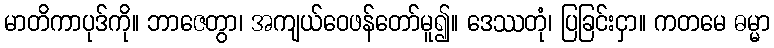
မာတိကာပုဒ်ကို။ ဘာဇေတွာ၊ အကျယ်ဝေဖန်တော်မူ၍။ ဒေဿတုံ၊ ပြခြင်းငှာ။ ကတမေ ဓမ္မာ